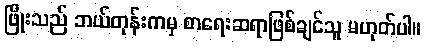
ဖြိုးသည် ဘယ်တုန်းကမှ စာရေးဆရာဖြစ်ချင်သူ မဟုတ်ပါ။